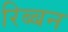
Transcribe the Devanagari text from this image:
रिब्बन